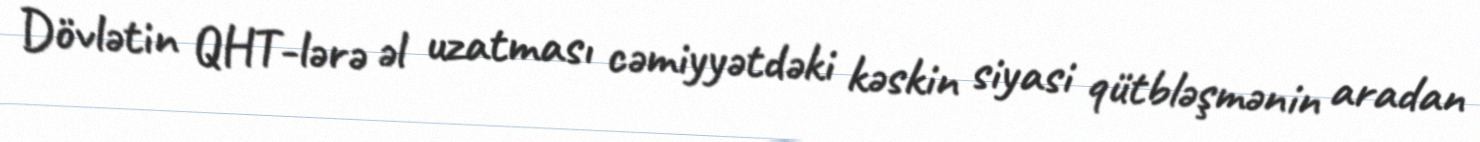
Dövlətin QHT-lərə əl uzatması cəmiyyətdəki kəskin siyasi qütbləşmənin aradan